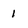
Character: 1